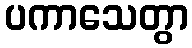
ပကာသေတွာ